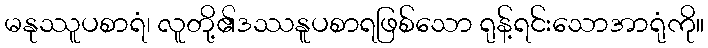
မနုဿူပစာရံ၊ လူတို့၏ဒဿနူပစာရဖြစ်သော ရုန့်ရင်းသောအာရုံကို။